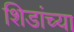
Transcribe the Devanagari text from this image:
शिडांच्या